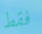
فقط